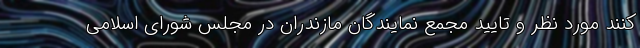
کنند مورد نظر و تایید مجمع نمایندگان مازندران در مجلس شورای اسلامی